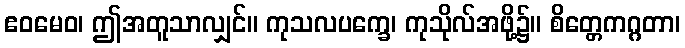
ဧဝမေဝ၊ ဤအတူသာလျှင်။ ကုသလပက္ခေ၊ ကုသိုလ်အဖို့၌။ စိတ္တေကဂ္ဂတာ၊